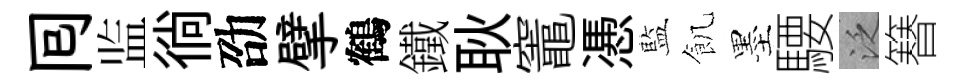
囘监徜劭擘鶴鐵耿竈慿藍飢墨騕泛簮